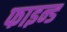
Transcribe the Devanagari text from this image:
फाइन्ड